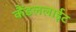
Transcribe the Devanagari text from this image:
कैंडललाईट